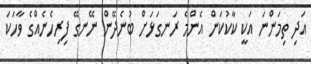
އަދި ތިމަންނަ އަކީ ކާކުކަން އެންމެ ރަނގަޅަށް ބުނެދޭން ނޭނގޭ ފިރިހެނެއްގެ ވާހަކަ